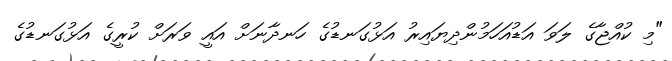
"މި ކުއްޖާގެ ލަވަ އަޑުއަހަމުންދިޔައިރު އަޅުގަނޑުގެ ހަނދާނަށް އައީ ވަަރަށް ކުރީގެ އަޅުގަނޑުގެ